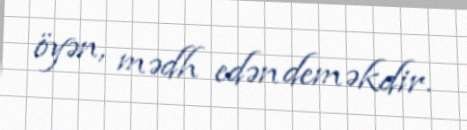
öyən, mədh edən deməkdir.